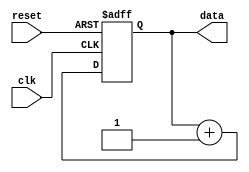
module repeat_loop (
    input wire clk,          // Clock signal
    input wire reset,        // Reset signal to exit the loop
    output reg [7:0] data    // Example output data
);

    // Initialization
    initial begin
        data = 8'b0;  // Initialize data to zero
    end

    // Always block to implement the repeat loop
    always @(posedge clk or posedge reset) begin
        if (reset) begin
            data <= 8'b0;  // Reset the data when reset signal is high
        end else begin
            // Infinite loop behavior
            // Example of executing some statements
            data <= data + 1;  // Increment data
            // Add more operations as needed
        end
    end

endmodule